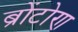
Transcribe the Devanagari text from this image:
ब्रोंटोण